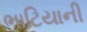
ભાટિયાની